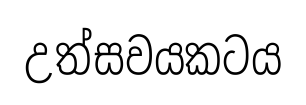
උත්සවයකටය